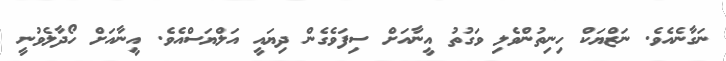
ނަގާނެއެވެ. ނަޒްޔަކް ހިނިތުންވެލި ވަގުތު އީނާއަށް ސިފަވެގެން ދިޔައީ އަލްޔަސްއެވެ. އީނާއަށް ހޯދާލެވުނީ